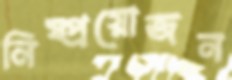
নিষ্প্রয়োজন